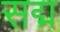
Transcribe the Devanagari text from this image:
सद्म